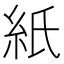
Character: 紙